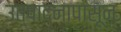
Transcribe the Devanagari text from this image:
उत्पादनापासून